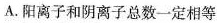
A. 阳离子和阴离子总数一定相等